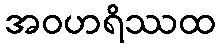
အဝဟရိဿထ